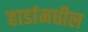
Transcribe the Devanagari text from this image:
हाडांमधील